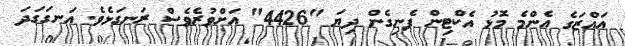
އައްޒަގެ އެންމެ މޮޅު އެކްޓިން ފެނިގެން ދިޔަ "4426" އަށްވުރެވެސް ރަނގަޅެވެ. އަނގަގަދަ